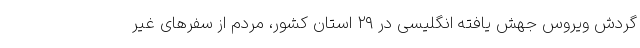
گردش ویروس جهش یافته انگلیسی در ۲۹ استان کشور، مردم از سفرهای غیر